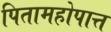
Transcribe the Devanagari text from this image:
पितामहोपात्त